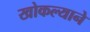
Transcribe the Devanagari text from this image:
खोकल्याने